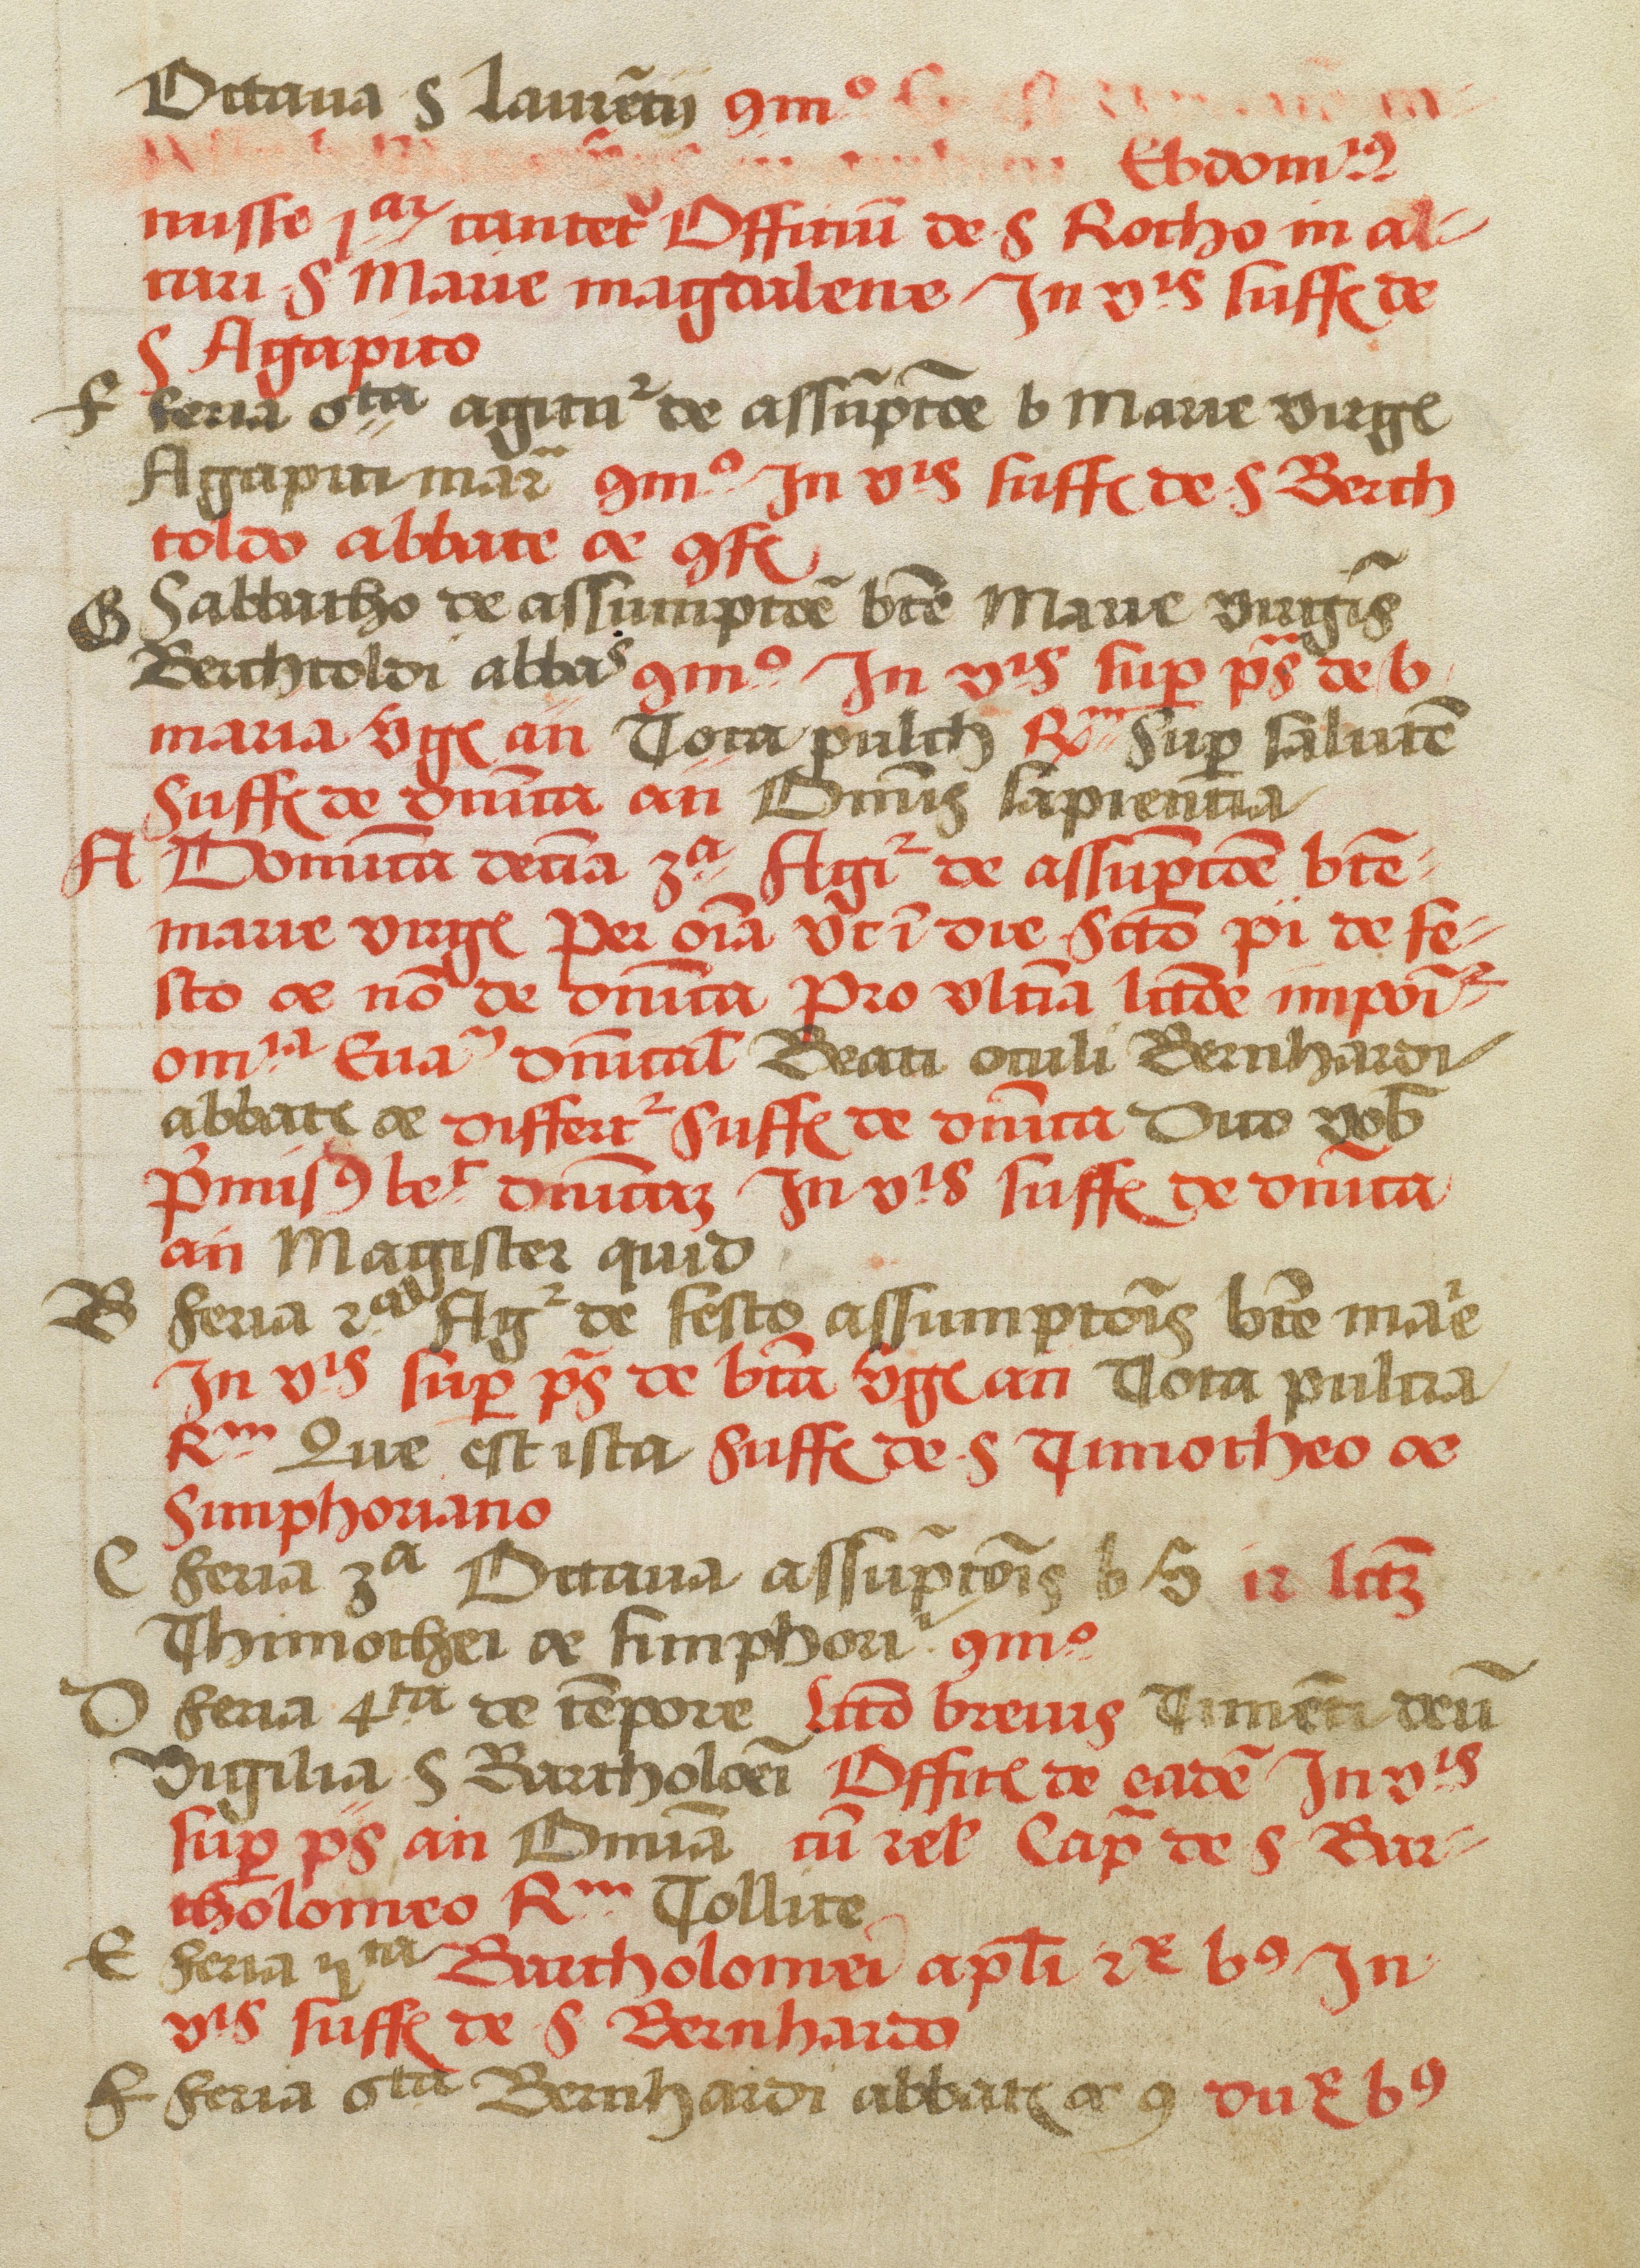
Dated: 1505–1535